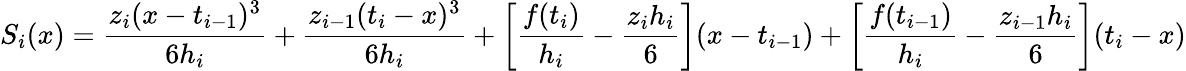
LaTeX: S_{i}(x)={\frac{z_{i}(x-t_{i-1})^{3}}{6h_{i}}}+{\frac{z_{i-1}(t_{i}-x)^{3}}{6h_{i}}}+\left[{\frac{f(t_{i})}{h_{i}}}-{\frac{z_{i}h_{i}}{6}}\right](x-t_{i-1})+\left[{\frac{f(t_{i-1})}{h_{i}}}-{\frac{z_{i-1}h_{i}}{6}}\right](t_{i}-x)